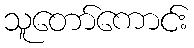
သူတော်ကောင်း